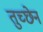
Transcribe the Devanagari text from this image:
तुच्छेन